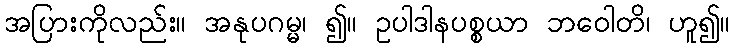
အပြားကိုလည်း။ အနုပဂမ္မ၊ ၍။ ဥပါဒါနပစ္စယာ ဘဝေါတိ၊ ဟူ၍။